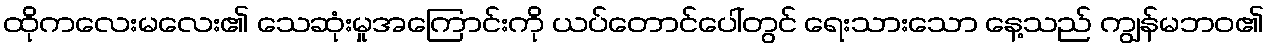
ထိုကလေးမလေး၏ သေဆုံးမှုအကြောင်းကို ယပ်တောင်ပေါ်တွင် ရေးသားသော နေ့သည် ကျွန်မဘဝ၏